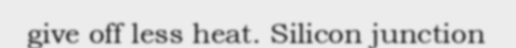
give off less heat. Silicon junction